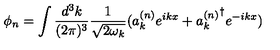
\phi _ { n } = \int \frac { d ^ { 3 } k } { ( 2 \pi ) ^ { 3 } } \frac { 1 } { \sqrt { 2 \omega _ { k } } } ( a _ { k } ^ { ( n ) } e ^ { i k x } + { a _ { k } ^ { ( n ) } } ^ { \dagger } e ^ { - i k x } )